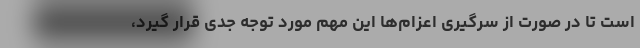
است تا در صورت از سرگیری اعزام‌ها این مهم مورد توجه جدی قرار گیرد،